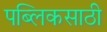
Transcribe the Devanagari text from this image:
पब्लिकसाठी